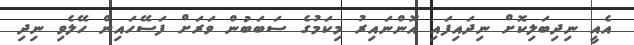
އެއީ ނިދިބަލިކޮށް ނިދައިފައި އޮންނައިރު މިކަމުގެ ސަބަބުން ވަރަށް ފަސޭހައިން ހޭލެވި ނިދި